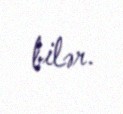
bilər.